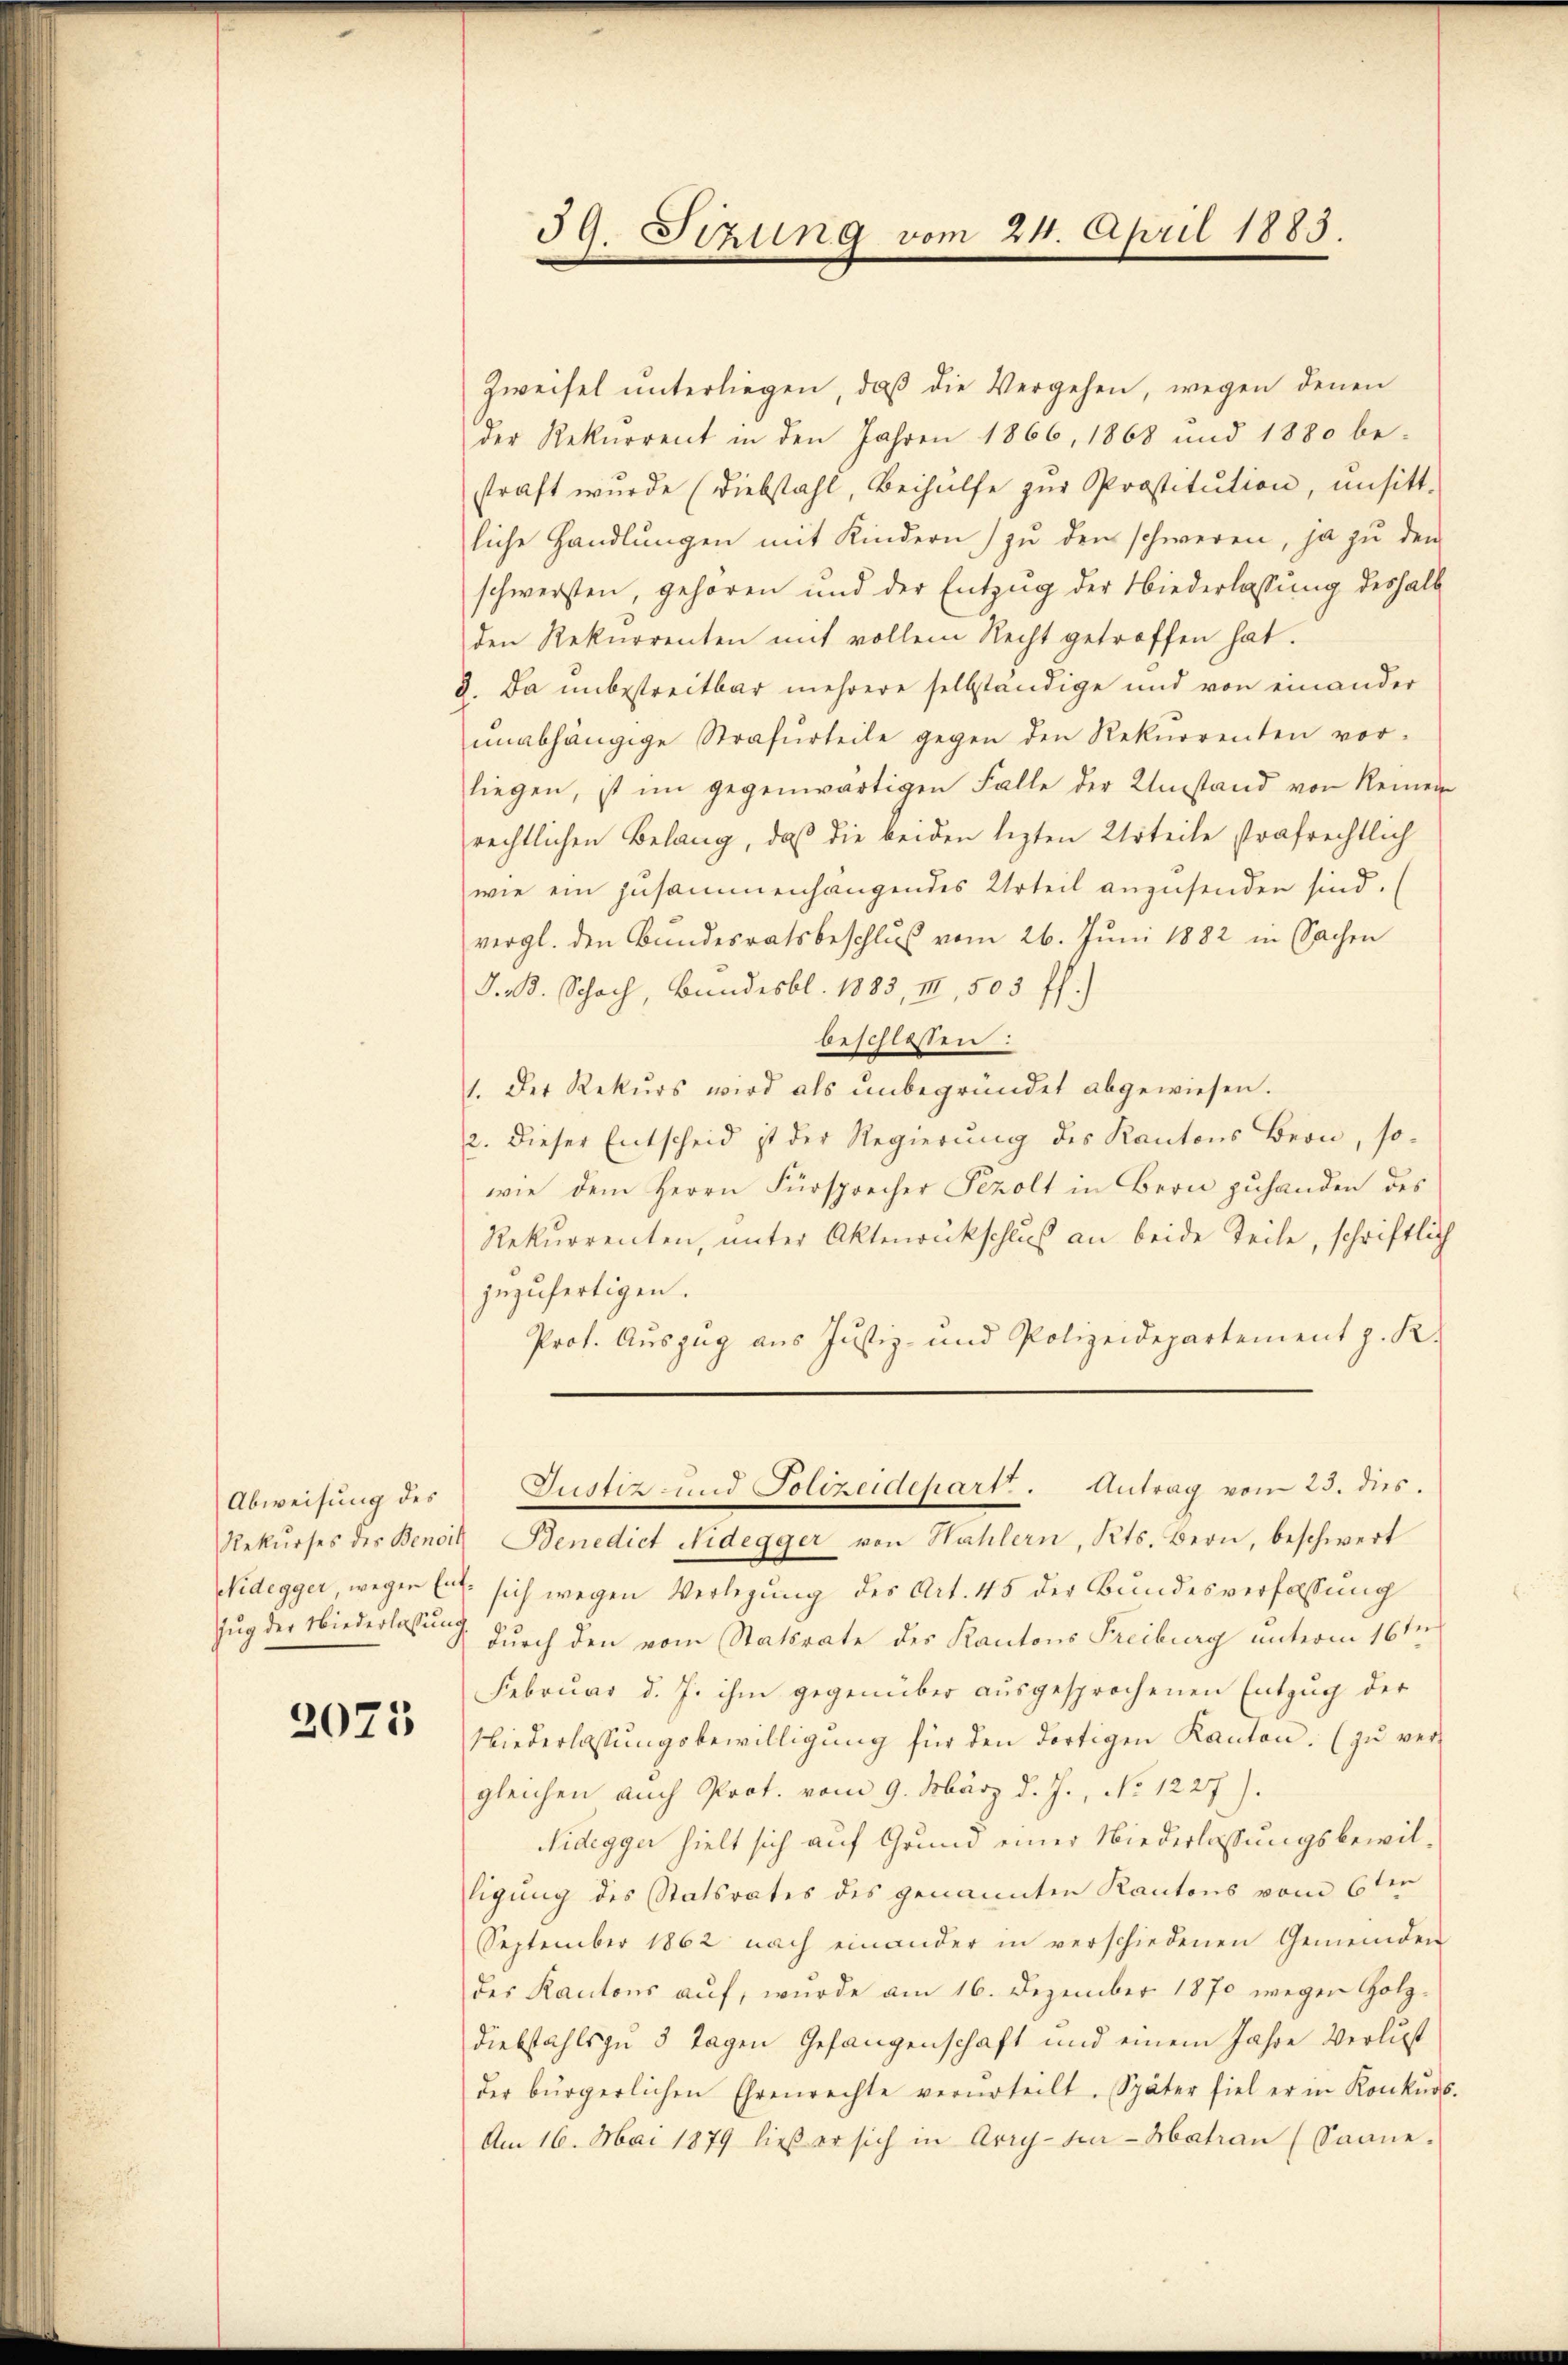
Abweisung des
Rekurses des Benoit
Nidegger wegen Ent¬
Zug der Niederlassung

2075

39. Sizung vom 24. April 1883.

Zweifel unterliegen, daß die Vergehen, wegen denen
der Rekurrent in den Jahren 1866, 1868 und 1880 be-
straft wurde (diebstahl, Beihülfe zŭr Prostitution, unsitt-
liche Handlŭngen mit Kindern zŭ den schweren, ja zu den
schwersten, gehören und der Entzug der Niederlassung deshalb
den Rekurrenten mit vollem Recht getroffen hat.
Da unbestreitbar mehrere selbständige und von einander
ŭnabhängige Strafurteile gegen den Rekurrenten vor-
liegen, ist im gegenwärtigen Falle der Umstand von Reinen
rechtlichen Belang, daß die beiden lezten Urteile strafrechtlich
wie ein zusammenhangendes Urteil anzusenden sind.
vergl. den Bundesratsbeschluß vom 26. Juni 1882 in Sachen
J. B. Schoch, Bundesbl. 1883, III, 503 ff.)
beschlossen:
1. Der Rekŭrs wird als ŭnbegründet abgewiesen.
2. Dieser Entscheid ist der Regierŭng des Kantons Bern, so-
wie dem Herrn Fürsprecher Pezolt in Bern zuhanden des
Rekurrenten, unter Aktenrukschluß an beide Teile, schriftlich
zuzufertigen.
Prof. Auszug aus Justiz- und Polizeidepartement z. K.
Justiz und Polizeidepart. Antrag vom 23. dies.
Benedict Nidegger von Hahlern, Kts. Bern, beschwert
sich wegen Verlegung des Art. 45 der Bundesverfassung
durch den vom Statsrate des Kantons Freiburg unterm 16ten
Februar d. J. ihm gegenüber aŭsgesprochenen Entzug der
Niederlassŭngsbewilligŭng für den dortigen Kanton. (zŭ vergleichen auch Prot. vom 9. März d. J., No 1227).
Sidegger hielt sich auf Grund einer Niederlassungsbewilligung des Statsrates des genannten Kantons vom 6ten
September 1862 nach einander in verschiedenen Gemeinden
des Kantons auf, wurde am 16. Dezember 1870 wegen Holz-
Diebstahls zu 3 Tagen Gefangenschaft und einem Jahre Verlust
der bürgerlichen Ehrenrechte verurteilt. Später fiel er in Konkurs.
Am 16. Mai 1879 ließ er sich in Arry-Sin-Matrau (Saane.